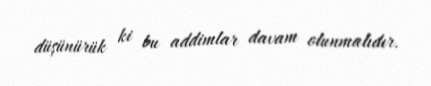
düşünürük ki bu addimlar davam olunmalıdır.